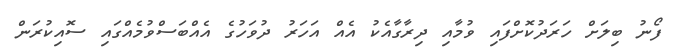
ފޯނު ބިލަށް ހަރަދުކޮށްފައި ވުމާއި ދިރާގާއެކު އެއް އަހަރު ދުވަހުގެ އެއްބަސްވުމެއްގައި ސޮއިކުރަން